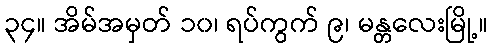
၃၄။ အိမ်အမှတ် ၁၀၊ ရပ်ကွက် ၉၊ မန္တလေးမြို့။